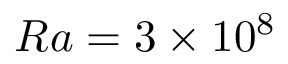
R a = 3 \times 1 0 ^ { 8 }